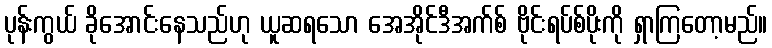
ပုန်းကွယ် ခိုအောင်းနေသည်ဟု ယူဆရသော အေအိုင်ဒီအက်စ် ဗိုင်းရပ်စ်ပိုးကို ရှာကြတော့မည်။